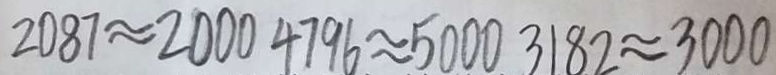
2 0 8 7 \approx 2 0 0 0 4 7 9 6 \approx 5 0 0 0 3 1 8 2 \approx 3 0 0 0